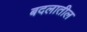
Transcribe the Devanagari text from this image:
बदलातील